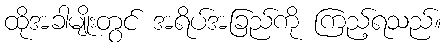
ထိုအခါမျိုးတွင် အရိပ်အခြည်ကို ကြည့်ရသည်။